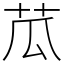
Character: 苽